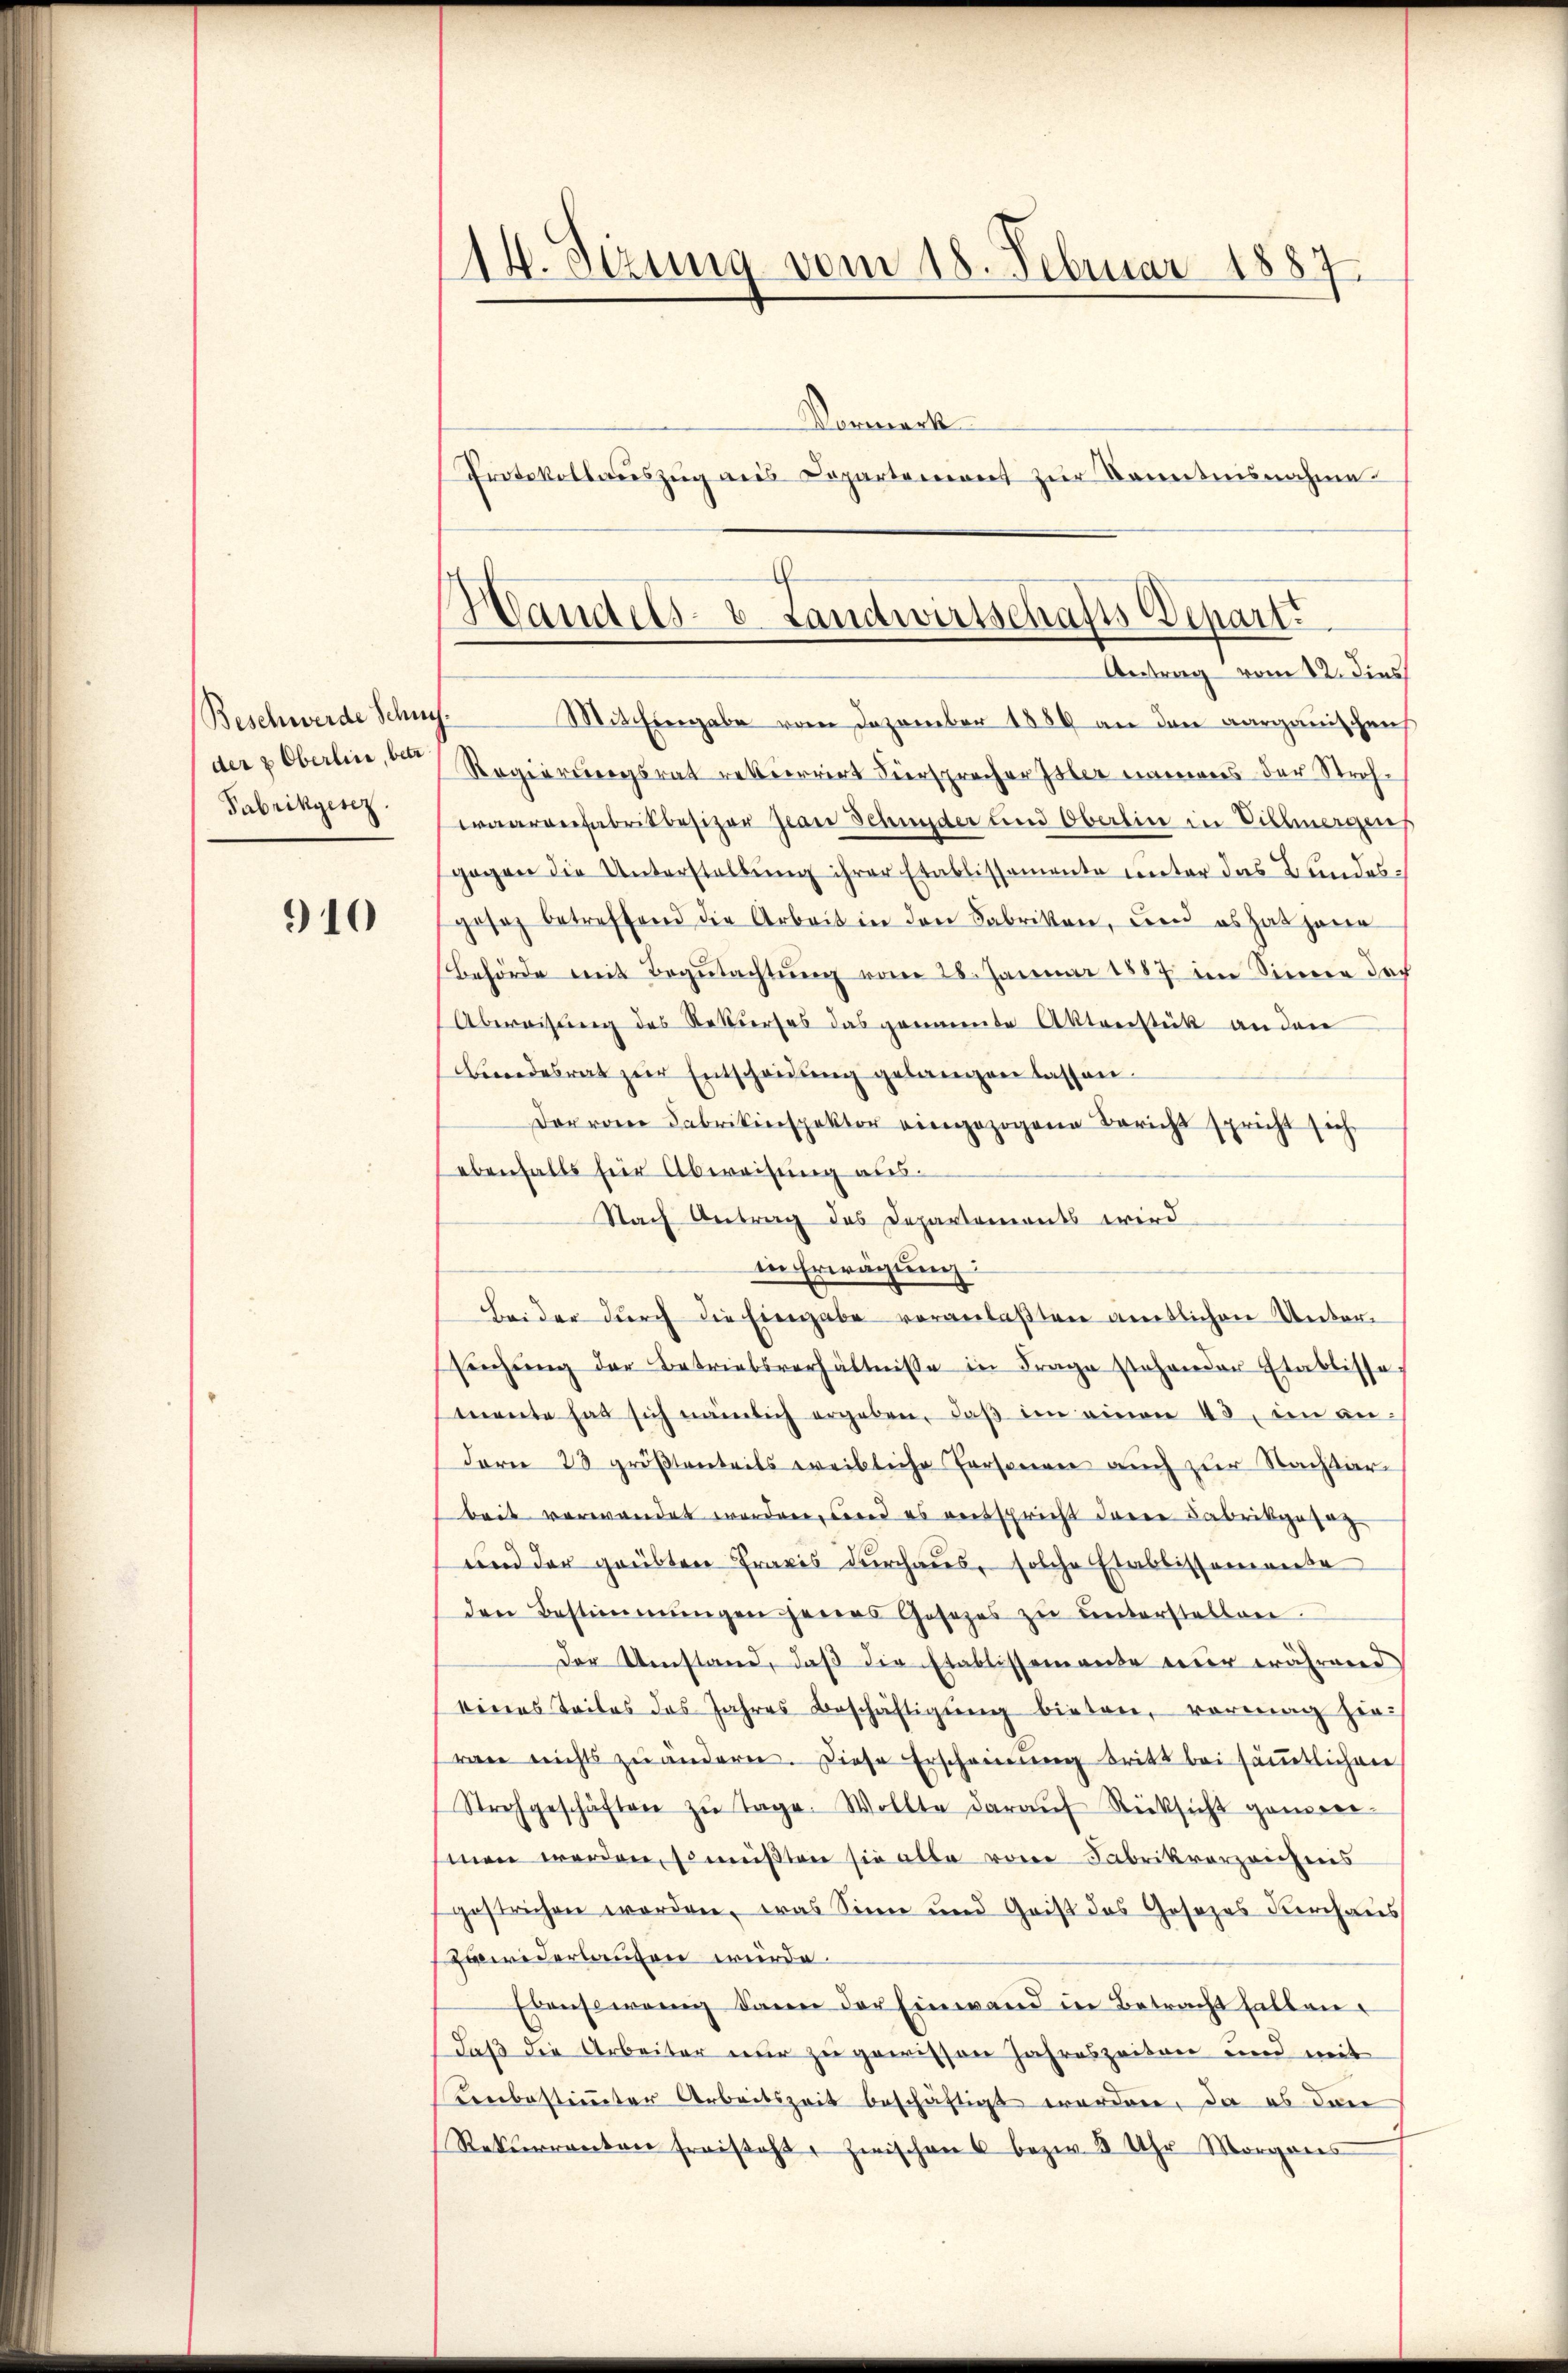
Beschwerde Schneder & Oberline, betr
Fabrikgesez

910

14. Sezung vom 18. Februar 1887
Vornack

Protokollauszug aus Departement zŭr Banntnisnahme
Mithingabe vom Dezember 1889 an den aargauischen
Regierungsrat rekurrirt Fürsprecher Isler namens der Strohwaarenfabrikbesizer Jean Schnyder und Oberlin in Villmergens
gegen die Unterstellung ihrer Etablissemente unter das Bundesgesetz betreffend die Arbeit in den Fabriken, und es hat jarer
Behörde mit Begutachtung vom 28. Januar 1887 im Sinnern dar
Übereitung des Rekurses das genannte Aktenstück an den
Beendesrat zŭr Entscheidŭng gelangen lassen.
Der von Fabrikinspektor eingezogene Bericht spricht sich
ebenfalls für Abweisung aus
Nach Antrag des Departements wird
in Erwägung:
Beider durch die Eingabe veranlaßten amtlichen Unter¬
Sachŭng der Betriebsverhältnisse in Frage stehender Etablisse
mente hat sich nämlich ergeben, daβ im einen 43. in an
dern 28 größtenteils weibliche Personen auch zur Nachbar-
beit verwandet worden, werd es entspricht deren Fabrikgesag
und der grübten Praxis durchaus, solche Etablissementa
den Bestimmungen jenes Gesezes zŭ ŭnterstellen.
Der Umstand, daß die Etablissemente er während
eines Teiles das Jahres Beschäftigŭng bieten, vorang hie-
ran nichts zu ändern. Diese Erscheinung tritt bei sämtlichen
Strohgeschäften zŭ Tage. Wollte daraŭf Rücksicht genere
men werden, so müßten sie alle von Fabrikvorzeichnis
gestrichen worden, was Sinn und Grist das Gesezes Furchaus
zuwiderlaufen würde.
Ebensowenig dann der Einwand in Betracht halten.
daß die Arbeiter nur zu gewissen Jahreszeiten und weit
enbestimmter Arbeitszeit beschäftigt worden, da es dann
Rekurrenten freisaft. Zwischen u bezw. 3 Uhr Morgens

Handels- u. Landwirtschafts Depart.
Antrag vom 12. dies